Vital statistics of India. Vol. IV, Annual returns from 1871 to 1876. British Army of India, Native Army and jails of Bengal
Year: 1871
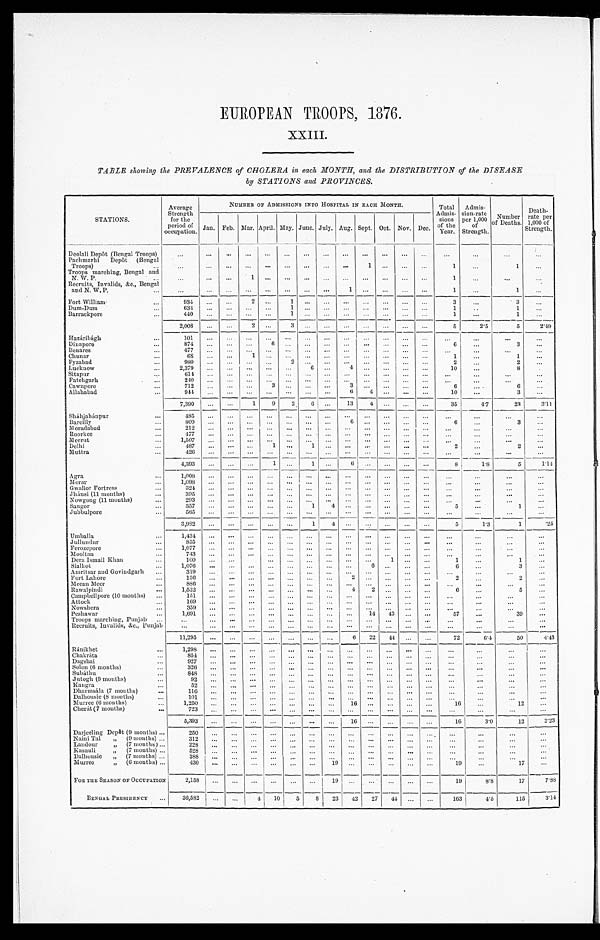
EUROPEAN TROOPS, 1876.
XXIII.
TABLE showing the PREVALENCE of CHOLERA in each MONTH, and the DISTRIBUTION of the DISEASE
by STATIONS and PROVINCES.
STATIONS.
Average
Strength
for the
period of
occupation.
NUMBER OF ADMISSIONS INTO HOSPITAL IN EACH MONTH.
Total
Admis-
sions
of the
Year.
Admis-
sion-rate
per 1,000
of
Strength.
Number
of Deaths.
Death-
rate per
1,000 of
Strength.
Jan. Feb. Mar. April. May. June. July. Aug. Sept. Oct. Nov. Dec.
Deolali Depôt (Bengal Troops)
...
. . .
. . .
. . . ...
. . .
. . .
...
. . .
. . .
. . .
. . .
. . .
. . .
. . .
. . .
. . .
Pachmarhi Depôt (Bengal
Troops)
...
. . .
. . .
. . .
. . . ...
. . .
. . .
...
. . .
1
. . .
. . .
. . .
1
...
1
...
Troops marching, Bengal and N. W. P.
...
. . .
. . .
. . .
1 ...
. . .
. . . ...
. . .
. . .
. . .
. . .
. . .
1
. . .
...
...
Recruits, Invalids, &c., Bengal
and N. W. P.
...
. . .
. . . ...
. . . ...
. . .
. . . ...
1
. . .
. . .
. . .
. . .
1
...
1
...
Fort William
...
934
...
...
2 ...
1
. . . ...
. . .
. . .
. . .
. . .
. . .
3
...
3
. . .
Dum-Dum
...
6 3 4
...
...
. . . ...
1
. . . ...
. . .
. . .
. . .
. . .
. . .
1
..
1
. . .
Barrackpore
...
4 4 0
. . . ...
. . . ...
1
. . .
...
. . .
. . .
. . .
. . .
. . .
1
. . .
1
. . .
2,008
. . .
. . .
2 ...
3
. . . ...
. . . . . .
. . . . . .
. . .
5
2.5
5
2 . 4 9
Hazáribágh
...
101
. . . ...
. . . ...
. . .
. . .
...
. . .
. . .
. . .
. . .
. . .
. . .
. . .
. . .
. . .
Dinapore
... 874
... ...
. . . 6
. . .
. . . ...
. . .
. . . ...
. . .
. . .
6
. . .
3
...
Benares
...
4 7 7
... ...
. . . ...
. . .
. . . ...
. . .
. . . ...
. . .
. . .
. . .
. . .
. . .
. . .
Chunar
...
6 8
... ...
1
. . .
. . .
. . . ...
. . .
. . . ...
. . .
. . .
1
...
1
...
Fyzabad
...
980
...
...
. . . ...
2
. . . ...
. . .
. . . ...
. . .
. . .
2
...
2
. . .
Lucknow
...
2,379
. . .
. . .
. . .
. . .
. . .
6
...
4
. . .
. . .
. . .
. . .
10
...
8
.
Sitapur
...
6 1 4
...
. . .
. . .
. . .
. . .
. . .
...
. . .
. . .
. . .
. . .
. . .
. . .
. . .
. . .
. . .
Fatehgarh
... 240
... ...
. . .
. . .
. . .
. . . ...
. . .
. . . ...
. . .
. . .
. . .
. . .
. . .
. . .
Cawnpore
...
712
...
...
. . .
3
. . .
. . . ...
3
. . .
. . .
. . .
. . .
6
. . .
6
. . .
Allahabad
... 944
... ...
. . .
. . .
. . .
. . . ...
6
4
. . .
. . .
. . .
10
...
3
. . .
7,390
. . .
. . .
1
9
2
6
...
13
4 ...
. . .
. . .
35
4.7
2 3
3 . 1 1
Sháhjahánpur
... 485
... ...
. . .
. . .
. . .
. . .
...
. . .
. . . ...
. . .
. . .
. . .
. . .
. . .
. . .
Bareilly
...
800
... ...
. . .
. . .
. . .
. . .
...
6
. . . ...
. . .
. . .
6
...
3
...
Moradabad
... 212
... ...
. . .
. . .
. . .
. . .
...
. . . . . .
...
. . .
. . .
. . .
. . .
. . .
. . .
Roorkee
...
477
... ...
. . .
. . .
. . .
. . .
...
. . . . . . ...
. . .
. . .
. . .
. . .
. . .
. . .
Meerut
...
1 , 5 0 7 ... ...
. . .
. . .
. . .
. . .
...
. . .
. . . ...
. . .
. . .
. . . ...
. . .
. . .
Delhi
... 487
... ...
. . .
1 ...
1 ...
. . .
. . . ...
. . .
. . .
2
...
2
...
Muttra
...
4 2 6
...
. . .
. . .
. . .
. . .
. . .
...
. . .
. . .
. . .
. . .
. . .
. . .
. . .
. . .
. . .
4,393
. . .
. . .
. . .
1
. . .
1 ...
6
. . .
. . .
. . .
. . .
8
1 . 8
5
1 . 1 4
Agra
...
1 , 0 0 8
. . .
. . .
. . .
. . . . . .
. . .
...
. . .
. . .
. . .
. . .
. . .
. . .
. . .
. . .
. . .
Morar
...
1 , 0 9 8
... ...
. . .
. . .
. . .
. . . ...
. . .
. . .
. . .
. . .
. . .
. . .
. . .
. . .
. . .
Gwalior Fortress
...
324 ... ...
. . .
. . . . . .
. . .
...
. . .
. . .
. . .
. . .
. . .
. . .
. . .
. . .
. . .
Jhánsi (11 months)
...
3 9 5
...
. . .
. . .
. . .
. . .
. . .
...
. . .
. . .
. . .
. . .
. . .
. . .
. . .
. . . . . .
Nowgong (11 months)
...
293
. . .
. . .
. . . . . .
. . .
. . .
...
. . .
. . .
. . .
. . .
. . .
. . .
. . .
. . . . . .
Saugor
...
357
...
. . .
. . .
. . .
. . .
1 4
. . .
. . .
. . .
. . .
. . .
5
...
1
...
Jubbulpore
...
5 6 5
...
. . .
. . .
. . .
. . .
. . .
...
. . .
. . .
. . .
. . .
. . .
. . . ...
. . .
. . .
3,982
... ...
. . .
. . .
. . .
1 4
. . .
. . . ...
. . .
. . .
5
1.3
1
.25
Umballa
...
1,434
. . .
. . .
. . .
. . . . . .
. . .
...
. . .
. . .
. . .
. . .
. . .
. . .
. . .
. . .
. . .
Jullundur
...
8 5 5
. . .
. . .
. . .
. . . . . .
. . . ...
. . .
. . .
. . .
. . .
. . .
. . .
. . .
. . .
. . .
Ferozepore
...
1,077
... ...
. . .
. . .
. . .
. . . ...
. . .
. . . ...
. . .
. . .
. . . ...
. . .
. . .
Mooltan
... 743
... ...
. . .
. . .
. . .
. . . ...
. . .
. . . ...
. . .
. . .
. . .
. . .
. . .
. . .
Dera Ismail Khan
...
100 ...
. . .
. . .
. . .
. . .
...
. . .
. . . 1
. . .
. . .
1
...
1
. . .
Sialkot
... 1,076
... ...
. . .
. . .
. . .
. . . ...
. . .
6 ...
. . .
. . .
6 ...
3
. . .
Amritsar and Govindgarh ...
3 1 9
... ...
. . .
. . .
. . .
. . . ...
. . .
. . . ...
. . .
. . .
. . .
. . .
. . .
. . .
Fort Lahore
...
1 5 6
... ...
. . .
. . .
. . .
. . .
...
2
. . .
. . .
. . .
. . .
2
. . .
2
. . .
Meean Meer
...
8 8 6
. . .
. . .
. . .
. . . . . .
. . .
...
. . . . . .
. . .
. . .
. . .
. . .
. . .
. . .
. . .
Rawalpindi
...
1,522
. . . ...
. . .
. . .
. . .
. . .
...
4
2 ...
. . .
. . .
6
...
5
. . .
Campbellpore (10 months)
...
151
. . . ...
. . .
. . . . . .
. . .
...
. . . . . .
. . .
. . .
. . .
. . .
. . .
. . .
. . .
Attock
... 169
...
...
. . .
. . .
. . .
. . . ...
. . . . . .
. . .
. . .
. . .
. . .
. . .
. . .
. . .
Nowshera
... 359
...
...
. . .
. . .
. . .
. . .
...
. . .
. . .
. . .
. . .
. . .
. . .
. . .
. . .
. . .
Peshawar
... 1,691
. . .
. . .
. . .
. . .
. . .
. . .
...
. . .
1 4 43
. . .
. . .
57
...
39
. . .
Troops marching, Punjab ...
. . . . . .
. . .
. . .
. . . . . .
. . .
...
. . .
. . .
. . .
. . .
. . .
. . .
. . .
. . .
. . .
Recruits, Invalids, &c., Punjab
. . . . . .
. . .
. . .
. . .
. . .
. . .
...
. . .
. . .
. . .
. . .
. . .
. . . ...
. . .
. . .
11,295 ...
. . .
. . .
. . . . . .
. . . ...
6
22
44 ...
. . .
72
6 . 4
5 0
4 . 4 3
Ránikhet
... 1,298
...
. . .
. . .
. . . . . .
. . . ...
. . . . . .
. . .
. . .
. . .
. . .
. . .
. . .
. . .
Chakráta
...
854
. . .
. . .
. . .
. . .
. . .
. . . ...
. . .
. . . ...
. . .
. . .
. . .
. . .
. . .
. . .
Dagshai
... 927
...
. . .
. . .
. . . . . .
. . .
...
. . .
. . .
. . .
. . .
. . .
. . .
. . .
. . .
. . .
Solon (6 months)
...
326
. . .
. . .
. . .
. . . . . .
. . . ...
. . .
. . .
. . .
. . .
. . .
. . . ...
. . .
. . .
Subáthu
...
8 4 8
...
. . .
. . .
. . .
. . .
. . . ...
. . .
. . .
. . .
. . .
. . .
. . . ...
. . .
. . .
Jutogh (9 months)
... 92
...
. . .
. . .
. . .
. . .
. . . ...
. . .
. . .
. . .
. . .
. . .
. . .
. . .
. . .
. . .
Kangra
...
52 ...
. . .
. . .
. . .
. . .
. . .
. . . . . .
. . .
. . .
. . .
. . .
. . . ...
. . .
. . .
Dharmsála (7 months)
...
116 ...
. . .
. . .
. . .
. . .
. . .
. . . . . .
. . .
. . .
. . .
. . .
. . .
. . .
. . .
. . .
Dalhousie (8 months)
... 101
...
. . .
. . .
. . .
. . .
. . . ...
. . .
. . . ...
. . .
. . .
. . . ...
. . .
. . .
Muree ( 6 months)
...
1,250
. . .
. . .
. . .
. . .
. . .
. . .
. . .
1 6
. . . ...
. . .
. . .
1 6
. . .
1 2
. . .
Cherát (7 months)
. . .
723
...
...
. . .
. . .
. . .
. . .
...
. . .
. . . ...
. . .
. . .
. . .
. . .
. . .
. . .
5,393
...
...
. . .
. . .
. . .
. . .
...
1 6
. . . ...
. . .
. . .
16
3.0
12
2 . 2 3
Darjeeling Depôt (9 months) ... 250
...
...
. . .
. . .
. . .
. . .
...
. . .
. . . ...
. . .
. . .
. . .
. . .
. . .
. . .
Naini Tal ,, (9 months) ...312
...
...
. . .
. . .
. . .
. . .
. . .
. . .
. . .
. . .
. . .
. . .
. . . ...
. . .
. . .
Landour ,, (7 months) ...
2 2 8 ...
...
. . .
. . .
. . .
. . .
. . .
. . .
. . .
. . .
. . .
. . .
. . .
. . .
. . .
. . .
Kasauli ,, (7 months) ...
5 2 8 ...
...
. . .
. . .
. . .
. . .
...
. . .
. . .
. . .
. . .
. . .
. . . ...
. . .
. . .
Dalhousie
,, (7 months) ...
3 8 8
. . .
...
. . .
. . .
. . .
. . .
. . .
. . .
. . .
. . .
. . .
. . .
. . .
. . .
. . .
. . .
Murree
„ (6 months) ...
430 ...
...
. . .
. . .
. . .
. . .
19
. . .
. . .
. . .
. . .
. . .
19
...
17
. . .
FOR THE SEASON OF OCCUPATION
2 , 1 5 8
...
...
. . .
. . .
. . .
. . .
19
. . .
. . .
. . .
. . .
. . .
1 9
8 . 8
1 7
7 . 8 8
B E N G A L P R E S I D E N C Y
. . .
3 6 , 5 8 2 ... ...
4 10
5
8
2 3
4 2
2 7
4 4
. . .
. . .
1 6 3
4 . 5
1 1 5
3 . 1 4